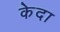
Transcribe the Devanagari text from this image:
केदा